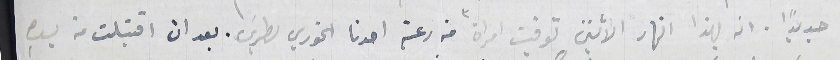
جديدًا انه بهذا النهار الاثنين توفيت امراة من رعية احدنا الخوري بطرس. بعد ان اقتبلت من يدهِ